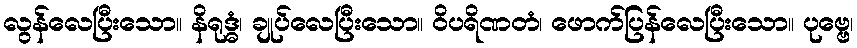
လွန်လေပြီးသော။ နိရုဒ္ဓံ၊ ချုပ်လေပြီးသော။ ဝိပရိဏတံ၊ ဖောက်ပြန်လေပြီးသော။ ပုဗ္ဗေ၊